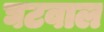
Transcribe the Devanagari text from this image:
घटवाल